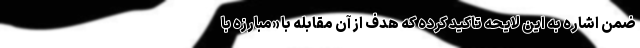
ضمن اشاره به این لایحه تاکید کرده که هدف از آن مقابله با «مبارزه با